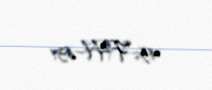
45-FH-631